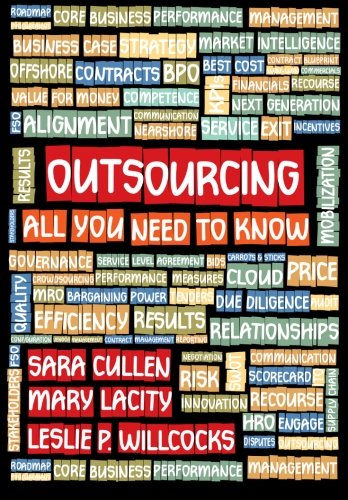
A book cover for Outsourcing- All You Need To Know; Sara Cullen; Business & Money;